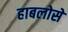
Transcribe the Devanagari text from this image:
हाबलोसे